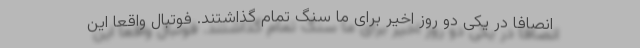
انصافا در یکی دو روز اخیر برای ما سنگ تمام گذاشتند. فوتبال واقعا این